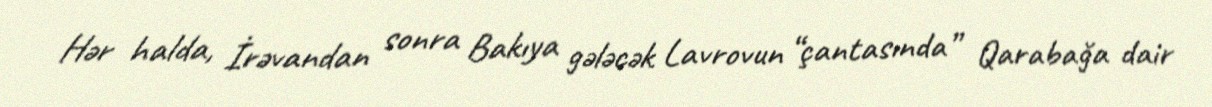
Hər halda, İrəvandan sonra Bakıya gələcək Lavrovun “çantasında” Qarabağa dair